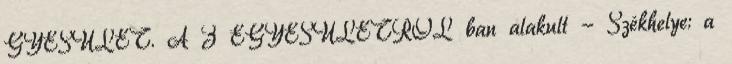
GYESÜLET. A Z EGYESÜLETRŐL ban alakult - Székhelye: a